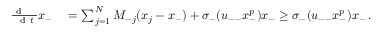
\begin{array} { r l } { \frac { \mathrm { ~ d ~ \, ~ \, ~ } } { \mathrm { ~ d ~ } t } x _ { - } } & { { } = \sum _ { j = 1 } ^ { N } M _ { - j } ( x _ { j } - x _ { - } ) + \sigma _ { - } ( u _ { -- } x _ { - } ^ { p } ) x _ { - } \geq \sigma _ { - } ( u _ { -- } x _ { - } ^ { p } ) x _ { - } \, . } \end{array}